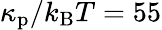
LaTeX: \kappa_{\mathrm{p}}/k_{\mathrm{B}}T=55